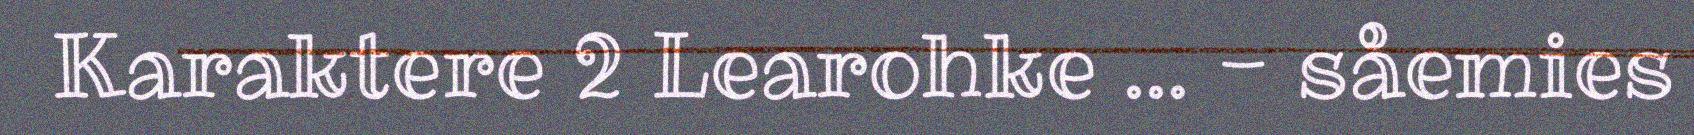
Karaktere 2 Learohke … - såemies